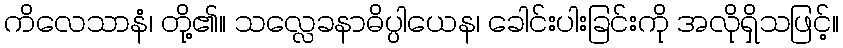
ကိလေသာနံ၊ တို့၏။ သလ္လေခနာဓိပ္ပါယေန၊ ခေါင်းပါးခြင်းကို အလိုရှိသဖြင့်။